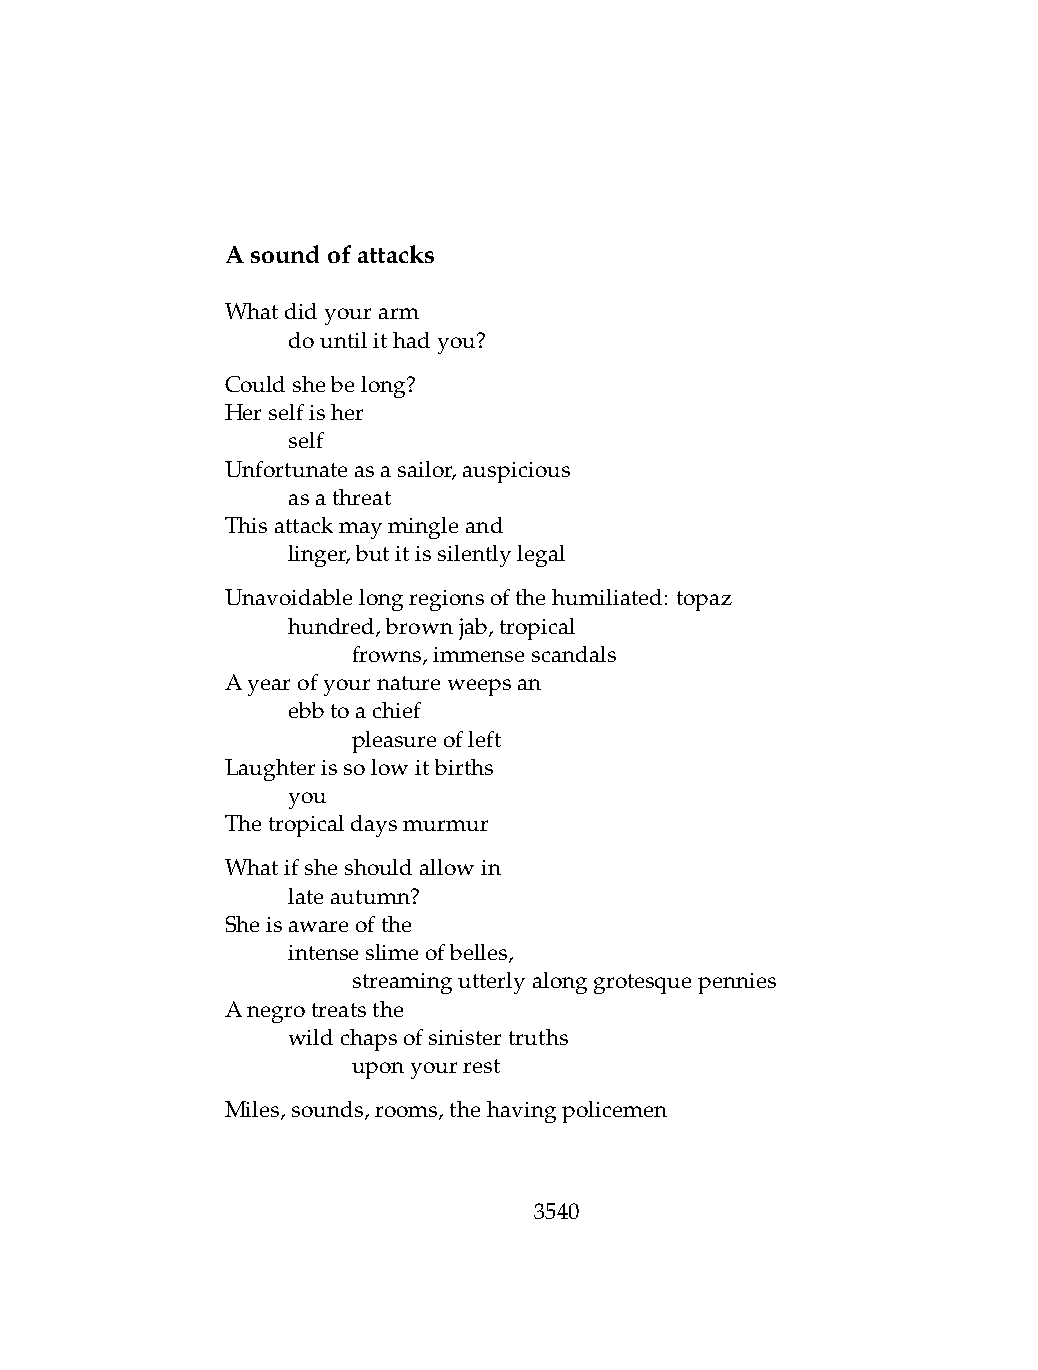
Asoundofattacks
 Whatdidyourarm
 .   dountilithadyou?
 Couldshebelong?
 Herselfisher
 .   self
 Unfortunateasasailor,auspicious
 .   asathreat
 Thisattackmaymingleand
 .   linger,butitissilentlylegal
 Unavoidablelongregionsofthehumiliated: topaz
 .   hundred,brownjab,tropical
 .   .   frowns,immensescandals
 Ayearofyournatureweepsan
 .   ebbtoachief
 .   .   pleasureofleft
 Laughterissolowitbirths
 .   you
 Thetropicaldaysmurmur
 Whatifsheshouldallowin
 .   lateautumn?
 Sheisawareofthe
 .   intenseslimeofbelles,
 .   .   streamingutterlyalonggrotesquepennies
 Anegrotreatsthe
 .   wildchapsofsinistertruths
 .   .   uponyourrest
 Miles,sounds,rooms,thehavingpolicemen
 3540